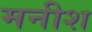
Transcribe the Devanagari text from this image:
मनीश